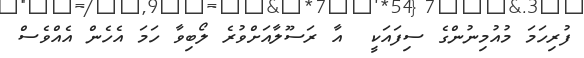
ފުރިހަމަ މުއުމިނުންގެ ސިފައަކީ  އާ ރަސޫލާއަށްވުރެ ލޯބިވާ ހަމަ އެހެން އެއްވެސް